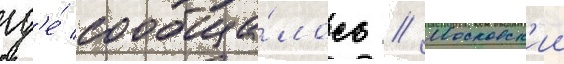
гд'е́ сообща́лось // Московск'ии